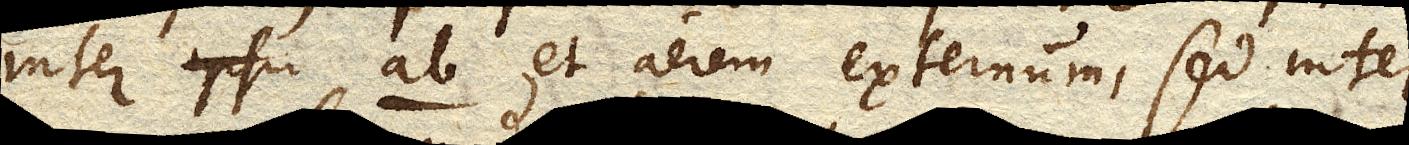
inter ab et aerem externum, sed inter